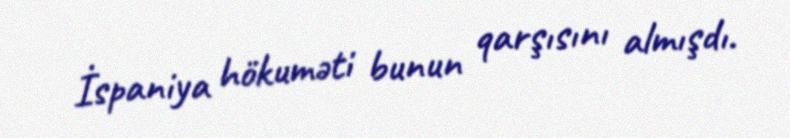
İspaniya hökuməti bunun qarşısını almışdı.